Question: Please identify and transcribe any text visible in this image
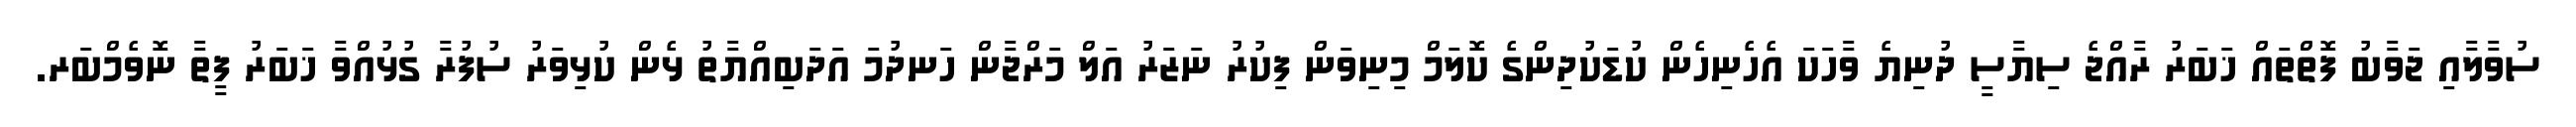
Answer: ސުވާލާއި ޖަވާބު ފޮތްތައް ޚަބަރު ރާއްޖެ ސިޔާސީ ދުނިޔެ ވާހަކަ އެހެނިހެން ކުޑަކުދިންގެ ކޮލަމް މިނިވަން ފިކުރު ނަޒަރު އަލް މަރްޖާން ހަނދުމަ އަދަބިއްޔާތު ޅެން ކުޅިވަރު ސުފުރާ ގުޅުއްވާ ޚަބަރު ފީތާ ނޮވެމްބަރ.